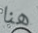
هنا